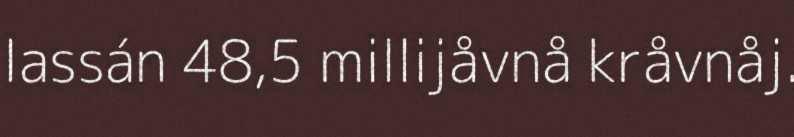
lassán 48,5 millijåvnå kråvnåj.